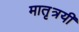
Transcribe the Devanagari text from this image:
मातृत्रयी